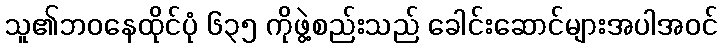
သူ၏ဘဝနေထိုင်ပုံ ၆၃၅ ကိုဖွဲ့စည်းသည် ခေါင်းဆောင်များအပါအဝင်